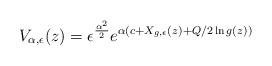
LaTeX: \begin{align*}V_{\alpha,\epsilon}(z)=\epsilon^{\frac{\alpha^2}{2}}e^{\alpha (c+X_{{{g}},\epsilon}(z)+Q/2 \ln {g}(z))}\end{align*}